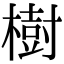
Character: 樹